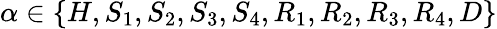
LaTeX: \alpha\in\{ H,S_{1},S_{2},S_{3},S_{4},R_{1},R_{2},R_{3},R_{4},D\}